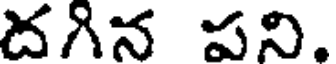
దగిన పని.